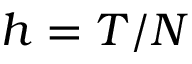
h = T / N